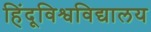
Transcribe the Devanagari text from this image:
हिंदूविश्वविद्यालय